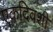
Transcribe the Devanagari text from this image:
एकदिवशी